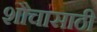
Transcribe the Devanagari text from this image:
शौचासाठी